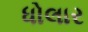
ધોલાર